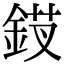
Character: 𬫗